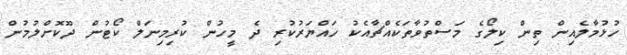
ހުޅުމާލެއިން ތިން ކިލޯގެ މަސްތުވާތަކެއްޗާއެކު ހައްޔަރުކުރި ދެ މީހުން ކުރިމިނަލް ކޯޓުން ދޫކޮށްލުމުން